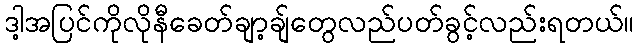
ဒါ့အပြင်ကိုလိုနီခေတ်ချာ့ချ်တွေလည်ပတ်ခွင့်လည်းရတယ်။